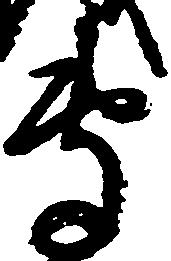
専